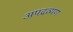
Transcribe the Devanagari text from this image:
अपद्रव्यण